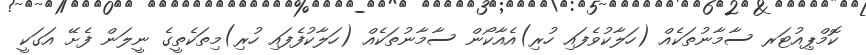
ކޮމްޕިއުޓަރ ސާމާނުތަކެއް (ހަލާކުވެފައި ހުރި)އެއާކޯން ސާމާނުތަކެއް (ހަލާކުފެފައި ހުރި)މިތަކެތީގެ ނީލަން ފެށޭ އަގަކީ